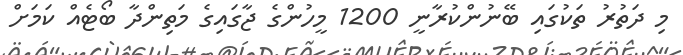
މި ދަތުރު ތަކުގައި ބޭނުންކުރާނީ 1200 މީހުންގެ ޖާގައިގެ މަތިންދާ ބޯޓެއް ކަމަށް